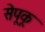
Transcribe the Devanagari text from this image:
सेपूकू